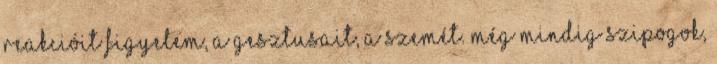
reakcióit figyelem, a gesztusait, a szemét. Még mindig szipogok,